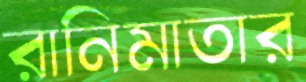
রানিমাতার